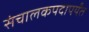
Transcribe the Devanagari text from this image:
संचालकपदापर्यंत